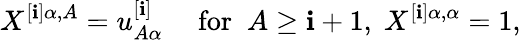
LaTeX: X^{[\mathbf{i}]\alpha,A}=u_{A\alpha}^{[\mathbf{i}]}\quad\mathrm{{~for~}}\; A\geq\mathbf{i}+1,\; X^{[\mathbf{i}]\alpha,\alpha}=1,